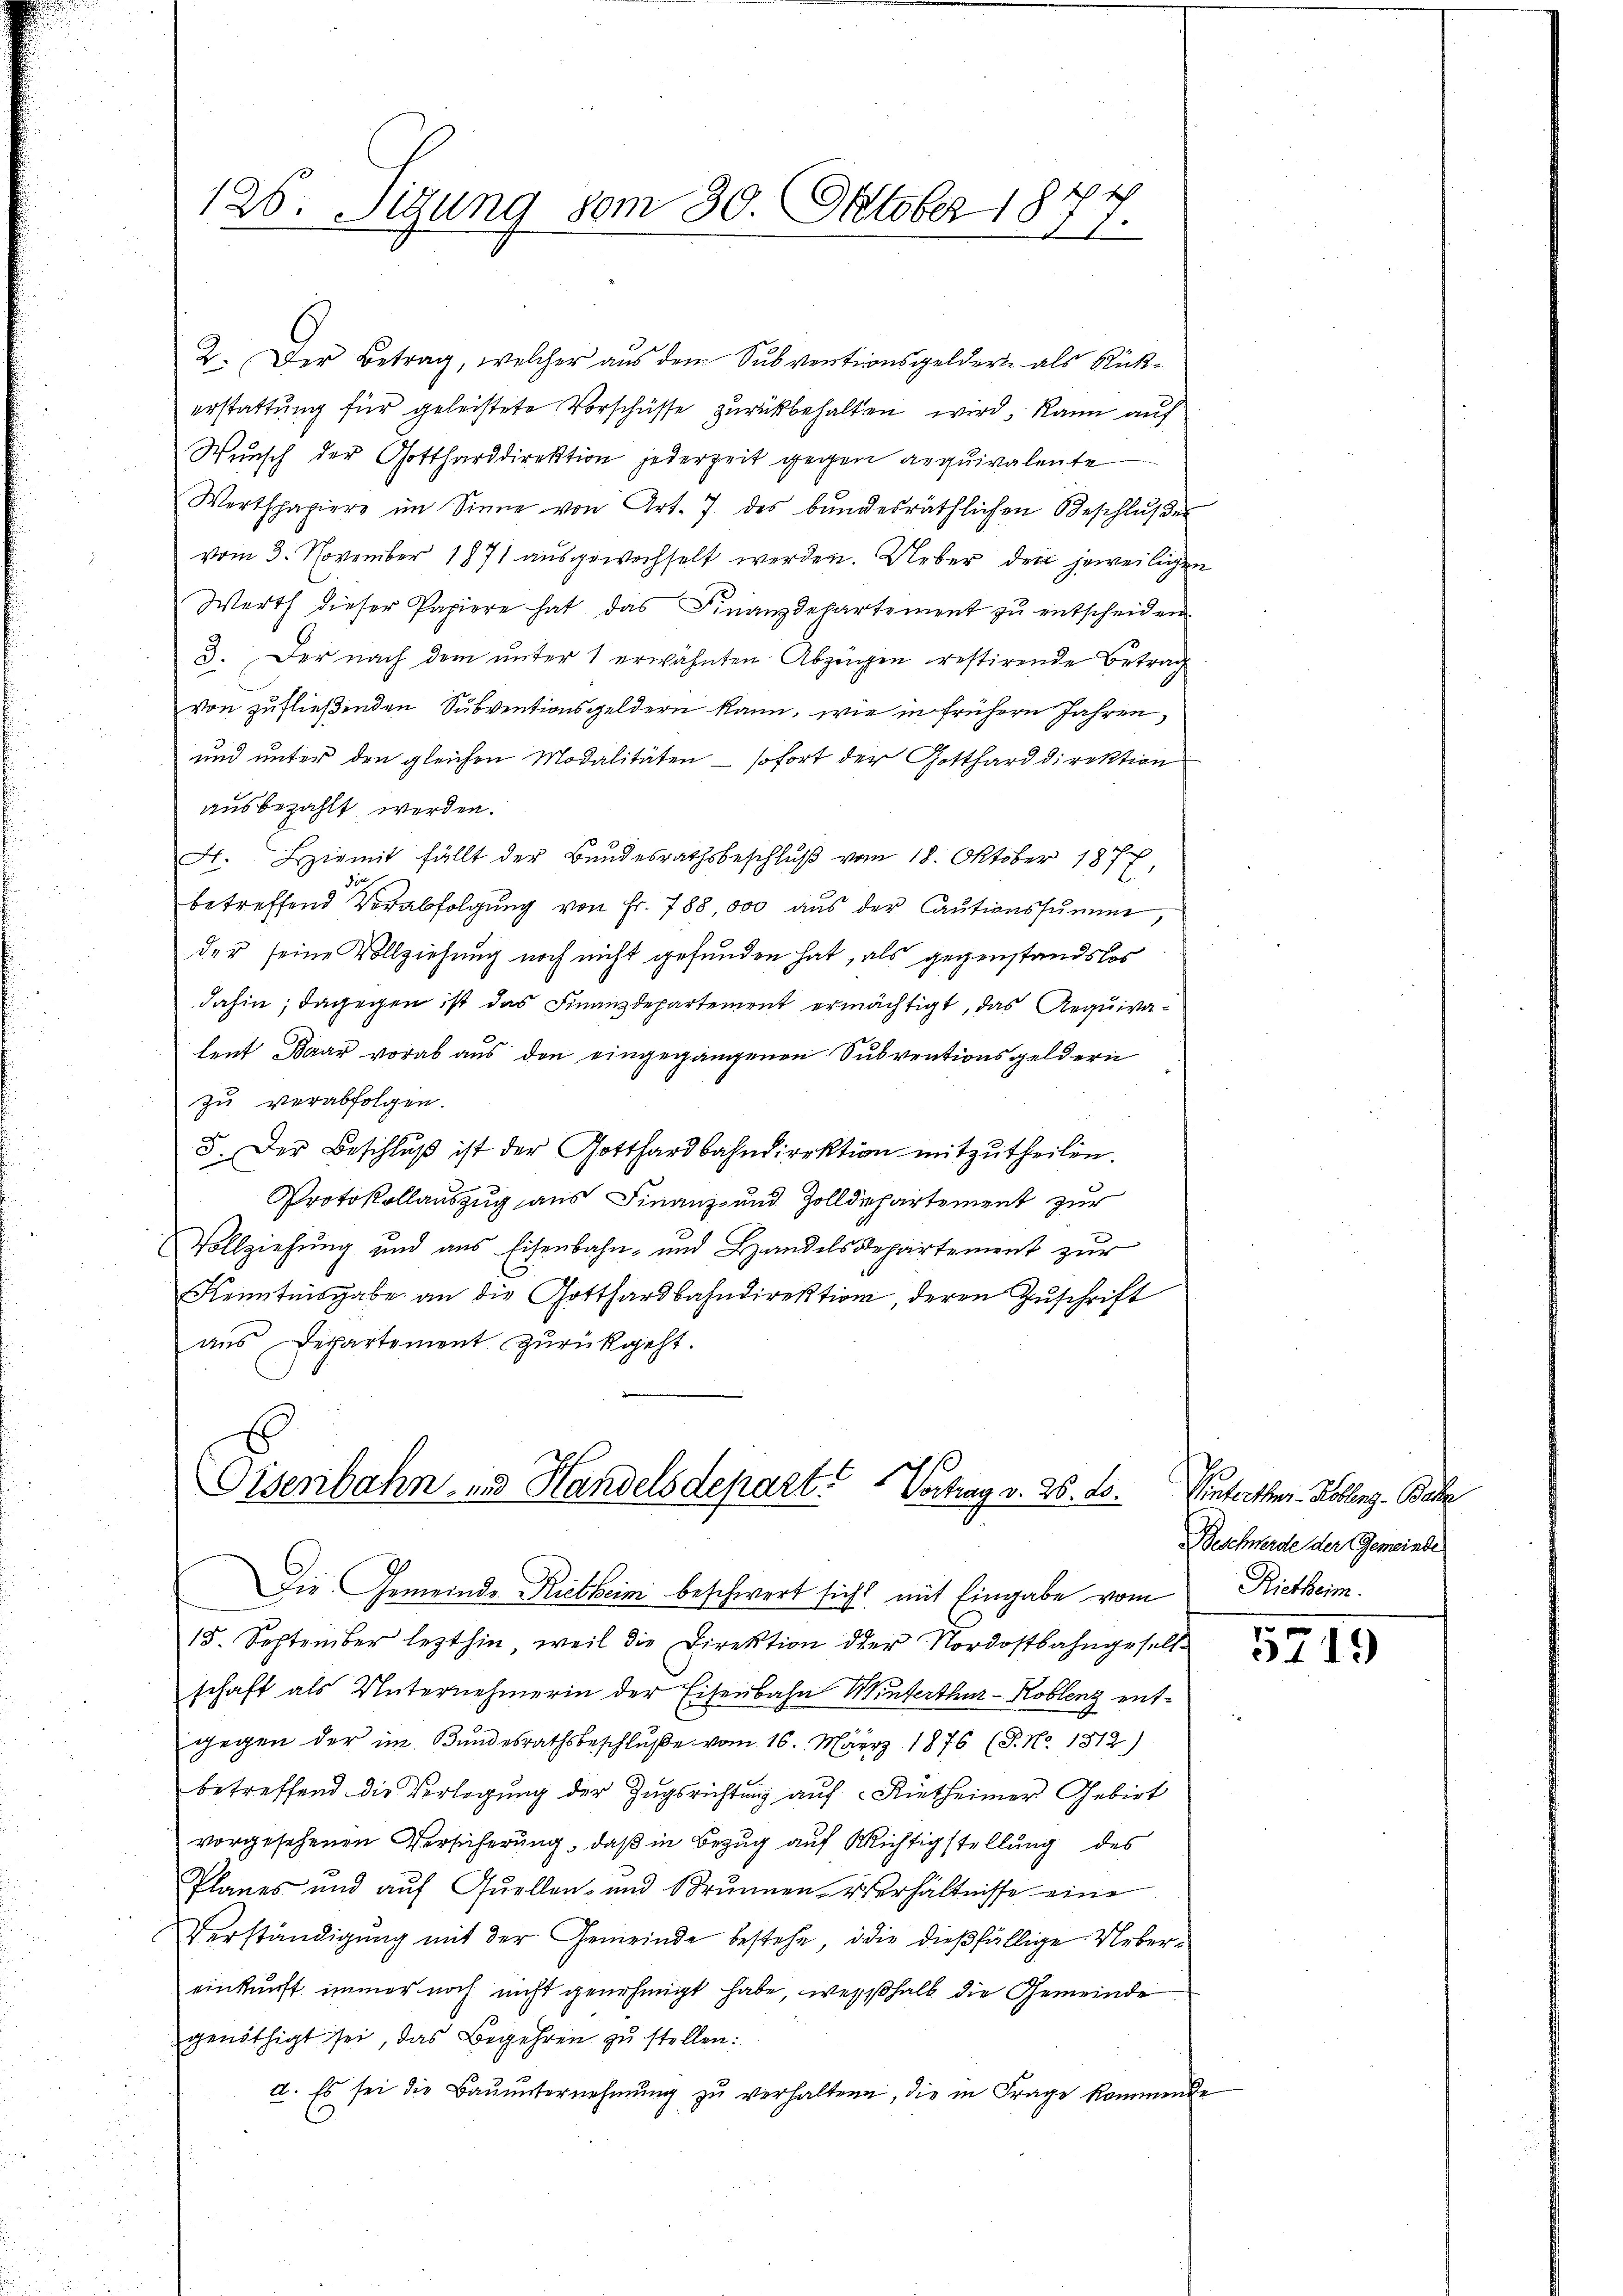
126. Sigung vom 30. Oktober 18
17

2. Der Betrag, welcher aus dem Subventionsgeldern als Rückerstattung für geleistete Vorschüsse zurückbehalten wird, kann auf
Wunsch der Gottharddirektion jederzeit gegen aequivalente
Werthpapiere im Sinne von Art. 7 des bundesräthlichen Geschlŭβer
vom 3. November 1871 ausgewechselt werden. Ueber den jeweiligen
Werth dieser Papiere hat das Finanzdepartement zu entscheiden.
3. Der nach dem unter 1 erwähnten Abzeigen restirende Betrag
von zufließenden Subventionsgeldern kann, wie in frühern Jahren,
und unter den gleichen Modalitäten – sofort der Gotthard direktion
ausbezahlt werden.
F. Hiemit fällt der Bundesrathsbeschluß vom 18. Oktober 1877
betreffend Verabfolgŭng von Fr. 788,000 aŭs der Cautionssumme,
der seine Vollziehung noch nicht gefunden hat, als gegenstandslos
dahin; dagegen ist das Finanzdepartement ermächtigt, das Requivalent Baar vorab aus den eingegangenen Subventionsgeldern
zu verabfolgen.
5. Der Beschluß ist der Gotthardbahndirektion mitzutheilen.

Protokollauszug aus Finanz- und Zolldepartement zur
Vollziehung und aus Eisenbahn- und Handels Repartement zur
Kenntnisgabe an die Gotthardbahndirektion, deren Zŭschrift
aus Departement zurückgeht.

Tisenbahn- und Handelsdepart. Vortrag v. 26. ds.

Die Gemeinde Rietheim beschwert sicht mit Eingabe vom Rietheim.
15. September lezthin, weil die Direktion der Nordostbahngesell
schaft als Unternehmerin der Eisenbahn Winterthur–Koblenz entgegen der im Bundesrathsbeschluße vom 16. März 1876 (P. Nr. 1312)
betreffend die Verlegung der Zugsrichtung auf Rietheimer Gebirt
vorgesehenen Versicherung, daß in Bezug auf Richtigstellung des
Planes und aŭf Quellen- und Brunnen Verhältnisse eine
Verständigung mit der Gemeinde bestehe, die dießfällige Uebereinkunft immer noch nicht genehmigt habe, weßhalb die Gemeinde
genöthigt sei, das Begehren zu stellen:
d. Es sei die Bauunternehmung zu verhaltene, die in Frage kommende

Vinterthur Kollenz, Base
Beschwerde der Gemeinde

¬

5719